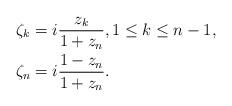
LaTeX: \begin{align*} \zeta_k &= i\frac{z_k}{1+z_n}, 1 \leq k \leq n-1, \\ \zeta_n &= i\frac{1-z_n}{1+z_n}.\end{align*}